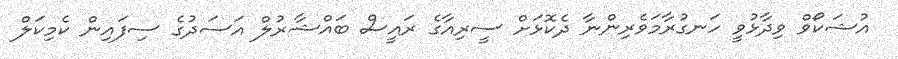
އުޝަކޯވް ވިދާޅުވީ ހަނގުރާމަވެރިންނާ ދެކޮޅަށް ސީރިއާގެ ރައީސް ބައްޝާރުލް އަސަދުގެ ސިފައިން ކެމިކަލް